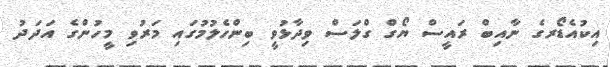
އިކުއެޑޯރގެ ނާއިބް ރައީސް ޔޯގް ގްލަސް ވިދާޅުވީ ބިންހެލުމުގައި މަރުވި މީހުންގެ އަދަދު